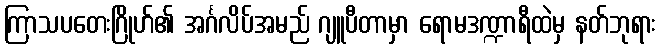
ကြာသပတေးဂြိုဟ်၏ အင်္ဂလိပ်အမည် ဂျူပီတာမှာ ရောမဒဏ္ဍာရီထဲမှ နတ်ဘုရား